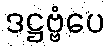
ဒဋ္ဌဗ္ဗံပေ